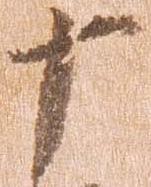
十